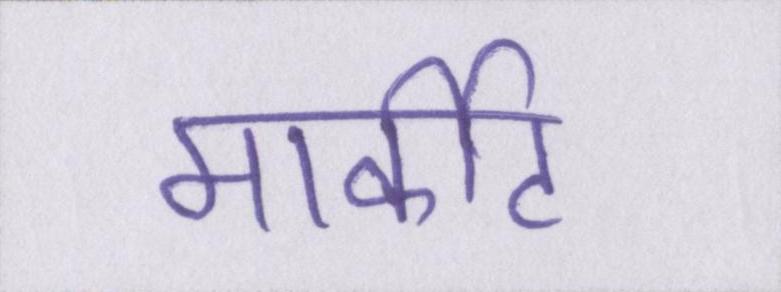
मार्कीट